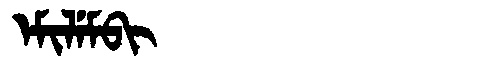
Manchu: ᡝᠮᡳᠯᡝᠮᠪᡳ
Romanization: EMILEMBI